Scientific memoirs by medical officers of the Army of India - Part VIII,
Year: 1894
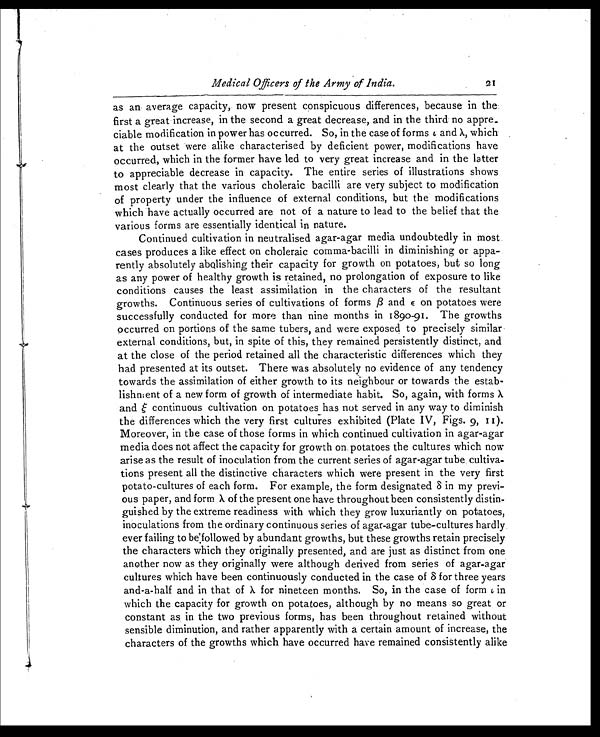
Medical Officers of the Army of India.
2I
as an average capacity, now present conspicuous differences, because in the
first a great increase, in the second a great decrease, and in the third no appre
–ciable modification in power has occurred. So, in the case of forms ι and λ, which .
at the outset were alike characterised by deficient power, modifications have
occurred, which in the former have led to very great increase and in the latter
to appreciable decrease in capacity. The entire series of illustrations shows
most clearly that the various choleraic bacilli are very subject to modification
of property under the influence of external conditions, but the modifications
which have actually occurred are not of a nature to lead to the belief that the
various forms are essentially identical in nature.
Continued cultivation in neutralised agar-agar media undoubtedly in most.
cases produces a like effect on choleraic comma-bacilli in diminishing or appa-
rently absolutely abolishing their capacity for growth on potatoes, but so long
as any power of healthy growth is retained, no prolongation of exposure to like
conditions causes the least assimilation in the characters of the resultant
growths. Continuous series of cultivations of forms β and E on potatoes were
successfully conducted for more than nine months in 189o-91. The growths
occurred on portions of the same tubers, and were exposed to precisely similar
external conditions, but, in spite of this, they remained persistently distinct, and
at the close of the period retained all the characteristic differences which they
had presented at its outset. There was absolutely no evidence of any tendency
towards the assimilation of either growth to its neighbour or towards the estab-
lishment of a new form of growth of intermediate habit. So, again, with forms λ
and ζ continuous cultivation on potatoes has not served in any way to diminish
the differences which the very first cultures exhibited (Plate IV, Figs. 9, 11).
Moreover, in the case of those forms in which continued cultivation in agar-agar
media does not affect the capacity for growth on potatoes the cultures which now
arise as the result of inoculation from the current series of agar-agar tube cultiva-
tions present all the distinctive characters which were present in the very first
potato-cultures of each form. For example, the form designated ξ in my previ-
ous paper, and form λ .
of the present one have throughout been consistently distin-
guished by the extreme readiness with which they grow luxuriantly on potatoes,
inoculations from the ordinary continuous series of agar-agar tube-cultures hardly.
ever failing to belfollowed by abundant growths, but these growths retain precisely
the characters which they originally presented, and are just as distinct from one
another now as they originally were although derived from series of agar-agar
cultures which have been continuously conducted in the case of 8 for three years
and-a-half and in that of λ for nineteen months. So, in the case of form ι in
which the capacity for growth on potatoes, although by no means so great or
constant as in the two previous forms, has been throughout retained without
sensible diminution, and rather apparently with a certain amount of increase, the
characters of the growths which have occurred have remained consistently alike